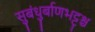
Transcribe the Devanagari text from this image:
सुबंधुर्बाणभट्टश्च